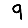
Digit: 9